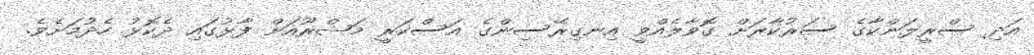
އަދި ސްރީލަންކާގެ ސަރުކާރަށް ގޮވާލެއްވީ އިނގިރޭސިންގެ އަސްކަރީ މަޝްރޫއަށް ފާޅުގައި ދެކޮޅު ހެދުމަށެވެ.